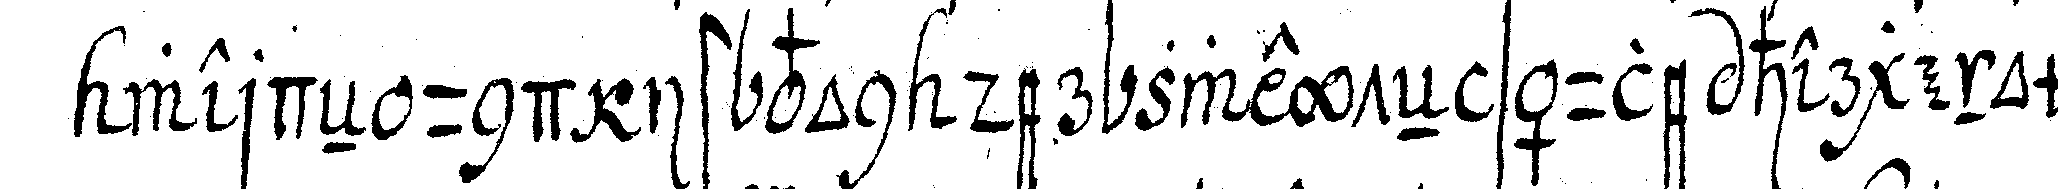
werdeN und ist von der zweyteN säule hergenommeN